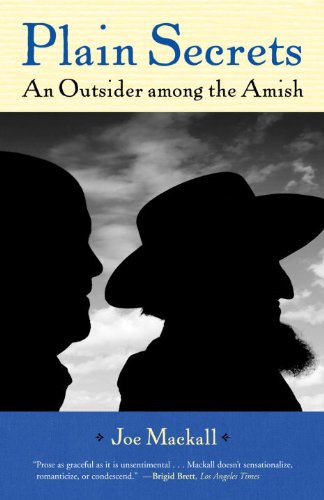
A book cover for Plain Secrets: An Outsider among the Amish; Joe Mackall; Self-Help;